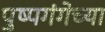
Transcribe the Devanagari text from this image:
पुष्पगंगेच्या